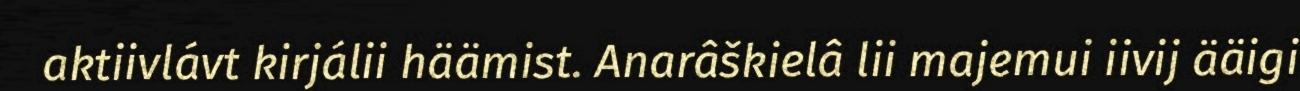
aktiivlávt kirjálii häämist. Anarâškielâ lii majemui iivij ääigi